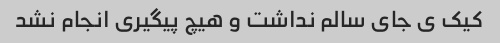
کیک ی جای سالم نداشت و هیچ پیگیری انجام نشد